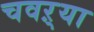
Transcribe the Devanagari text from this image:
चवऱ्या